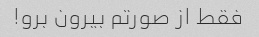
فقط از صورتم بیرون برو!